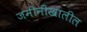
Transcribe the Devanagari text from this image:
जमीनीखालील